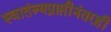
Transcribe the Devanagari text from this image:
स्वातंत्र्यप्राप्तीनंतरही